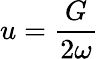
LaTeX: u=\frac{G}{2\omega}